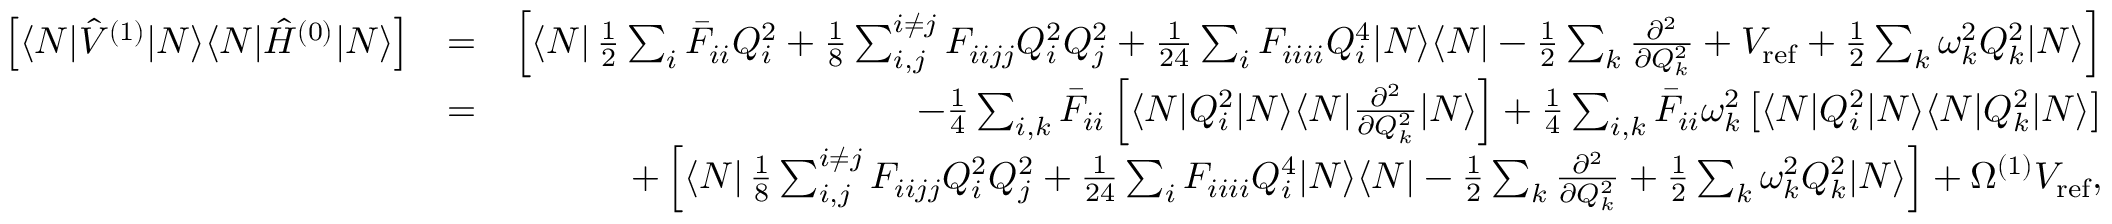
\begin{array} { r l r } { \left[ \langle N | \hat { V } ^ { ( 1 ) } | N \rangle \langle N | \hat { H } ^ { ( 0 ) } | N \rangle \right] } & { = } & { \left[ \langle N | \, \frac { 1 } { 2 } \sum _ { i } \bar { F } _ { i i } Q _ { i } ^ { 2 } + \frac { 1 } { 8 } \sum _ { i , j } ^ { i \neq j } F _ { i i j j } Q _ { i } ^ { 2 } Q _ { j } ^ { 2 } + \frac { 1 } { 2 4 } \sum _ { i } F _ { i i i i } Q _ { i } ^ { 4 } | N \rangle \langle N | - \frac { 1 } { 2 } \sum _ { k } \frac { \partial ^ { 2 } } { \partial Q _ { k } ^ { 2 } } + V _ { \mathrm { r e f } } + \frac { 1 } { 2 } \sum _ { k } \omega _ { k } ^ { 2 } Q _ { k } ^ { 2 } | N \rangle \right] } \\ & { = } & { - \frac { 1 } { 4 } \sum _ { i , k } \bar { F } _ { i i } \left[ \langle N | Q _ { i } ^ { 2 } | N \rangle \langle N | \frac { \partial ^ { 2 } } { \partial Q _ { k } ^ { 2 } } | N \rangle \right] + \frac { 1 } { 4 } \sum _ { i , k } \bar { F } _ { i i } \omega _ { k } ^ { 2 } \left[ \langle N | Q _ { i } ^ { 2 } | N \rangle \langle N | Q _ { k } ^ { 2 } | N \rangle \right] } \\ & { } & { + \left[ \langle N | \, \frac { 1 } { 8 } \sum _ { i , j } ^ { i \neq j } F _ { i i j j } Q _ { i } ^ { 2 } Q _ { j } ^ { 2 } + \frac { 1 } { 2 4 } \sum _ { i } F _ { i i i i } Q _ { i } ^ { 4 } | N \rangle \langle N | - \frac { 1 } { 2 } \sum _ { k } \frac { \partial ^ { 2 } } { \partial Q _ { k } ^ { 2 } } + \frac { 1 } { 2 } \sum _ { k } \omega _ { k } ^ { 2 } Q _ { k } ^ { 2 } | N \rangle \right] + \Omega ^ { ( 1 ) } V _ { \mathrm { r e f } } , } \end{array}